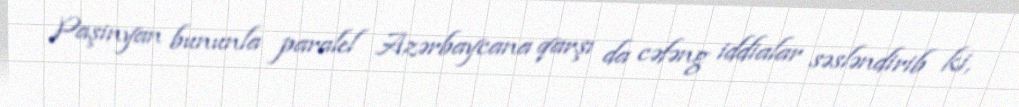
Paşinyan bununla paralel Azərbaycana qarşı da cəfəng iddialar səsləndirib ki,